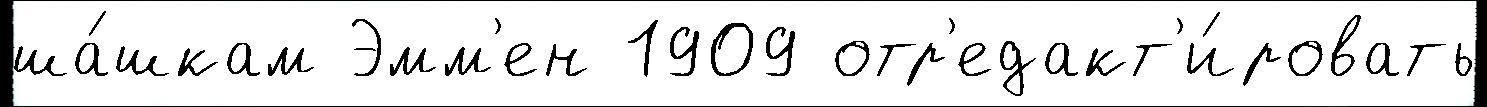
ша́шкам Эмм'ен 1909 отр'едакт'и́ровать